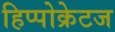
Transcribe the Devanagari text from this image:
हिप्पोक्रेटज